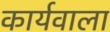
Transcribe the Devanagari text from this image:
कार्यवाला